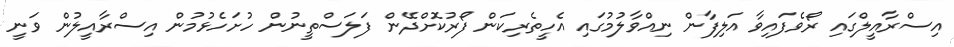
އިސްރާއީލްގައި ރޯވެފައިވާ އަލިފާން ނިއްވާލުމުގައި އެހީތެރިކަން ފޯރުކޮށްދޭން ފަލަސްތީނުން ހުށަހެޅުމުން އިސްރާއީލުން ވަނީ